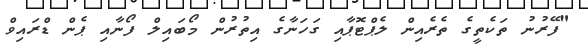
"ފޭރުނު ތަކެތީގެ ތެރެއިން ލެޕްޓޮޕާއި ގަހަނާގެ އިތުރުން މޯބައިލް ފޯނާއި ޕެން ޑްރައިވް